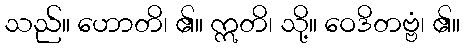
သည်။ ဟောတိ၊ ၏။ ဣတိ၊ သို့။ ဝေဒိတဗ္ဗံ၊ ၏။